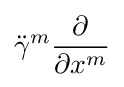
{\ddot {\gamma }}^{m}{\frac {\partial }{\partial x^{m}}}